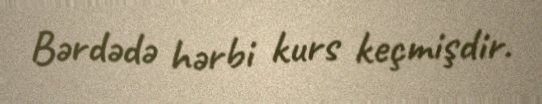
Bərdədə hərbi kurs keçmişdir.